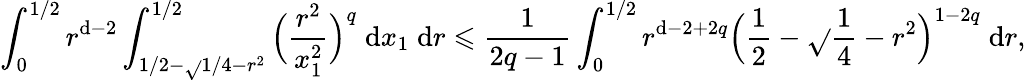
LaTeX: \int_{0}^{1/2}r^{\mathrm{d}-2}\int_{1/2-\sqrt{}{{1/4-r^{2}}}}^{1/2}\Big(\frac{{r^{2}}}{{x_{1}^{2}}}\Big)^{q}\; \mathrm{{\mathrm{d}}}x_{1}\; \mathrm{{\mathrm{d}}}r\leqslant\frac{{1}}{{2q-1}}\int_{0}^{1/2}r^{\mathrm{d}-2+2q}\Big(\frac{{1}}{{2}}-\sqrt{}{{\frac{{1}}{{4}}-r^{2}}}\Big)^{1-2q}\; \mathrm{{\mathrm{d}}}r,